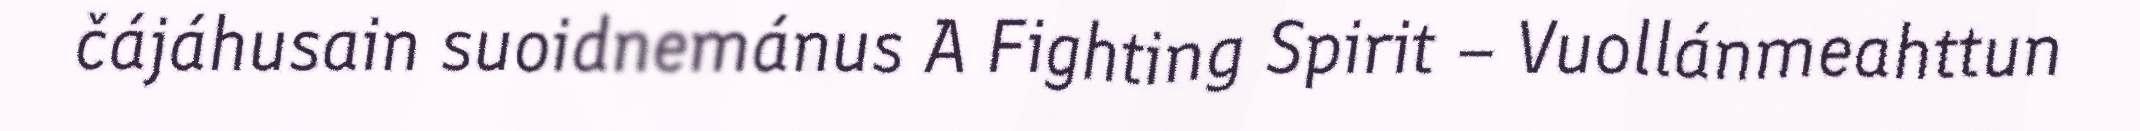
čájáhusain suoidnemánus A Fighting Spirit – Vuollánmeahttun